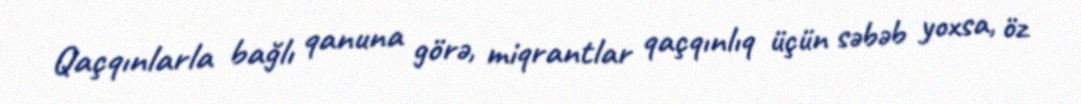
Qaçqınlarla bağlı qanuna görə, miqrantlar qaçqınlıq üçün səbəb yoxsa, öz